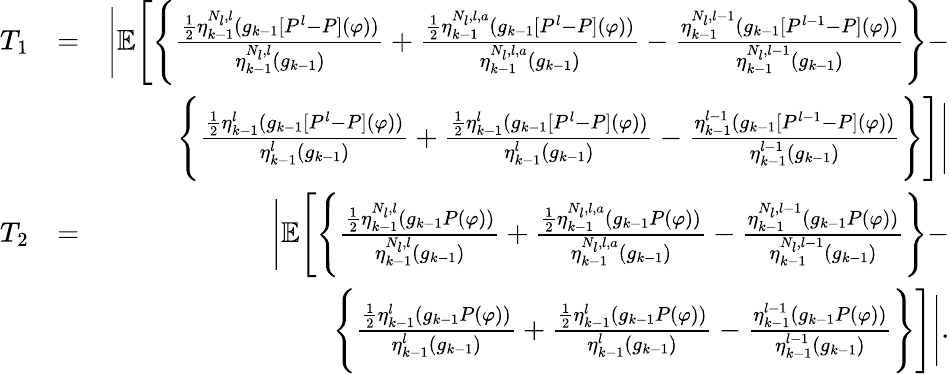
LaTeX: \begin{array}{rlr}{T_{1}}&{=}&{\Bigg|\mathbb{E}\Bigg[\Bigg\{ \frac{\frac{1}{2}\eta_{k-1}^{N_{l},l}(g_{k-1}[P^{l}-P](\varphi))}{\eta_{k-1}^{N_{l},l}(g_{k-1})}+\frac{\frac{1}{2}\eta_{k-1}^{N_{l},l,a}(g_{k-1}[P^{l}-P](\varphi))}{\eta_{k-1}^{N_{l},l,a}(g_{k-1})}-\frac{\eta_{k-1}^{N_{l},l-1}(g_{k-1}[P^{l-1}-P](\varphi))}{\eta_{k-1}^{N_{l},l-1}(g_{k-1})}\Bigg\} -}\\ &{}&{\Bigg\{ \frac{\frac{1}{2}\eta_{k-1}^{l}(g_{k-1}[P^{l}-P](\varphi))}{\eta_{k-1}^{l}(g_{k-1})}+\frac{\frac{1}{2}\eta_{k-1}^{l}(g_{k-1}[P^{l}-P](\varphi))}{\eta_{k-1}^{l}(g_{k-1})}-\frac{\eta_{k-1}^{l-1}(g_{k-1}[P^{l-1}-P](\varphi))}{\eta_{k-1}^{l-1}(g_{k-1})}\Bigg\} \Bigg]\Bigg|}\\ {T_{2}}&{=}&{\Bigg|\mathbb{E}\Bigg[\Bigg\{ \frac{\frac{1}{2}\eta_{k-1}^{N_{l},l}(g_{k-1}P(\varphi))}{\eta_{k-1}^{N_{l},l}(g_{k-1})}+\frac{\frac{1}{2}\eta_{k-1}^{N_{l},l,a}(g_{k-1}P(\varphi))}{\eta_{k-1}^{N_{l},l,a}(g_{k-1})}-\frac{\eta_{k-1}^{N_{l},l-1}(g_{k-1}P(\varphi))}{\eta_{k-1}^{N_{l},l-1}(g_{k-1})}\Bigg\} -}\\ &{}&{\Bigg\{ \frac{\frac{1}{2}\eta_{k-1}^{l}(g_{k-1}P(\varphi))}{\eta_{k-1}^{l}(g_{k-1})}+\frac{\frac{1}{2}\eta_{k-1}^{l}(g_{k-1}P(\varphi))}{\eta_{k-1}^{l}(g_{k-1})}-\frac{\eta_{k-1}^{l-1}(g_{k-1}P(\varphi))}{\eta_{k-1}^{l-1}(g_{k-1})}\Bigg\} \Bigg]\Bigg|.}\end{array}